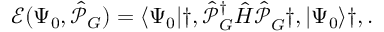
\mathcal { E } ( \Psi _ { 0 } , \hat { \mathcal { P } } _ { G } ) = \langle \Psi _ { 0 } | \dag , \hat { \mathcal { P } } _ { G } ^ { \dagger } \hat { H } \hat { \mathcal { P } } _ { G } ^ { \phantom { \dagger } } \dag , | \Psi _ { 0 } \rangle \dag , .